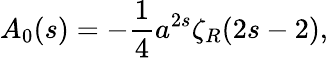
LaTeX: A_{0}(s)=-{\frac{1}{4}}a^{2s}\zeta_{R}(2s-2),